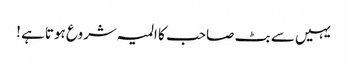
یہیں سے بٹ صاحب کا المیہ شروع ہوتاہے !